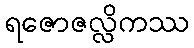
ရဇောဇလ္လိကဿ